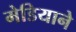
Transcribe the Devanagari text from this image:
मेडियाने